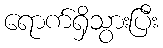
ရောက်ရှိသွားပြီး